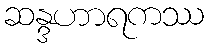
ဆန္ဒဟာရကဿ